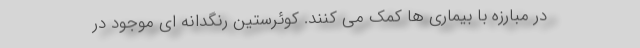
در مبارزه با بیماری ها کمک می کنند. کوئرستین رنگدانه ای موجود در